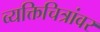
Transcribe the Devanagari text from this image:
व्यक्तिचित्रांवर